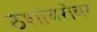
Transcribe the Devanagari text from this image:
ठशांबरोबर